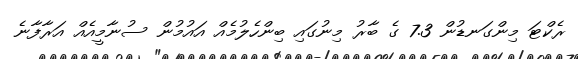
ރެކްޓަ މިންގަނޑުން 7.3 ގެ ބާރު މިނުގައި ބިންހެލުމެއް އައުމުން ސުނާމީއެއް އަރާފާނެ